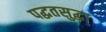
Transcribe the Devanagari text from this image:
पद्घतसुद्घा